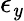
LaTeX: \epsilon{_\mathit{y}}